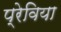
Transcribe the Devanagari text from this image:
प्रेविया